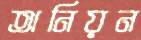
অনিয়ন